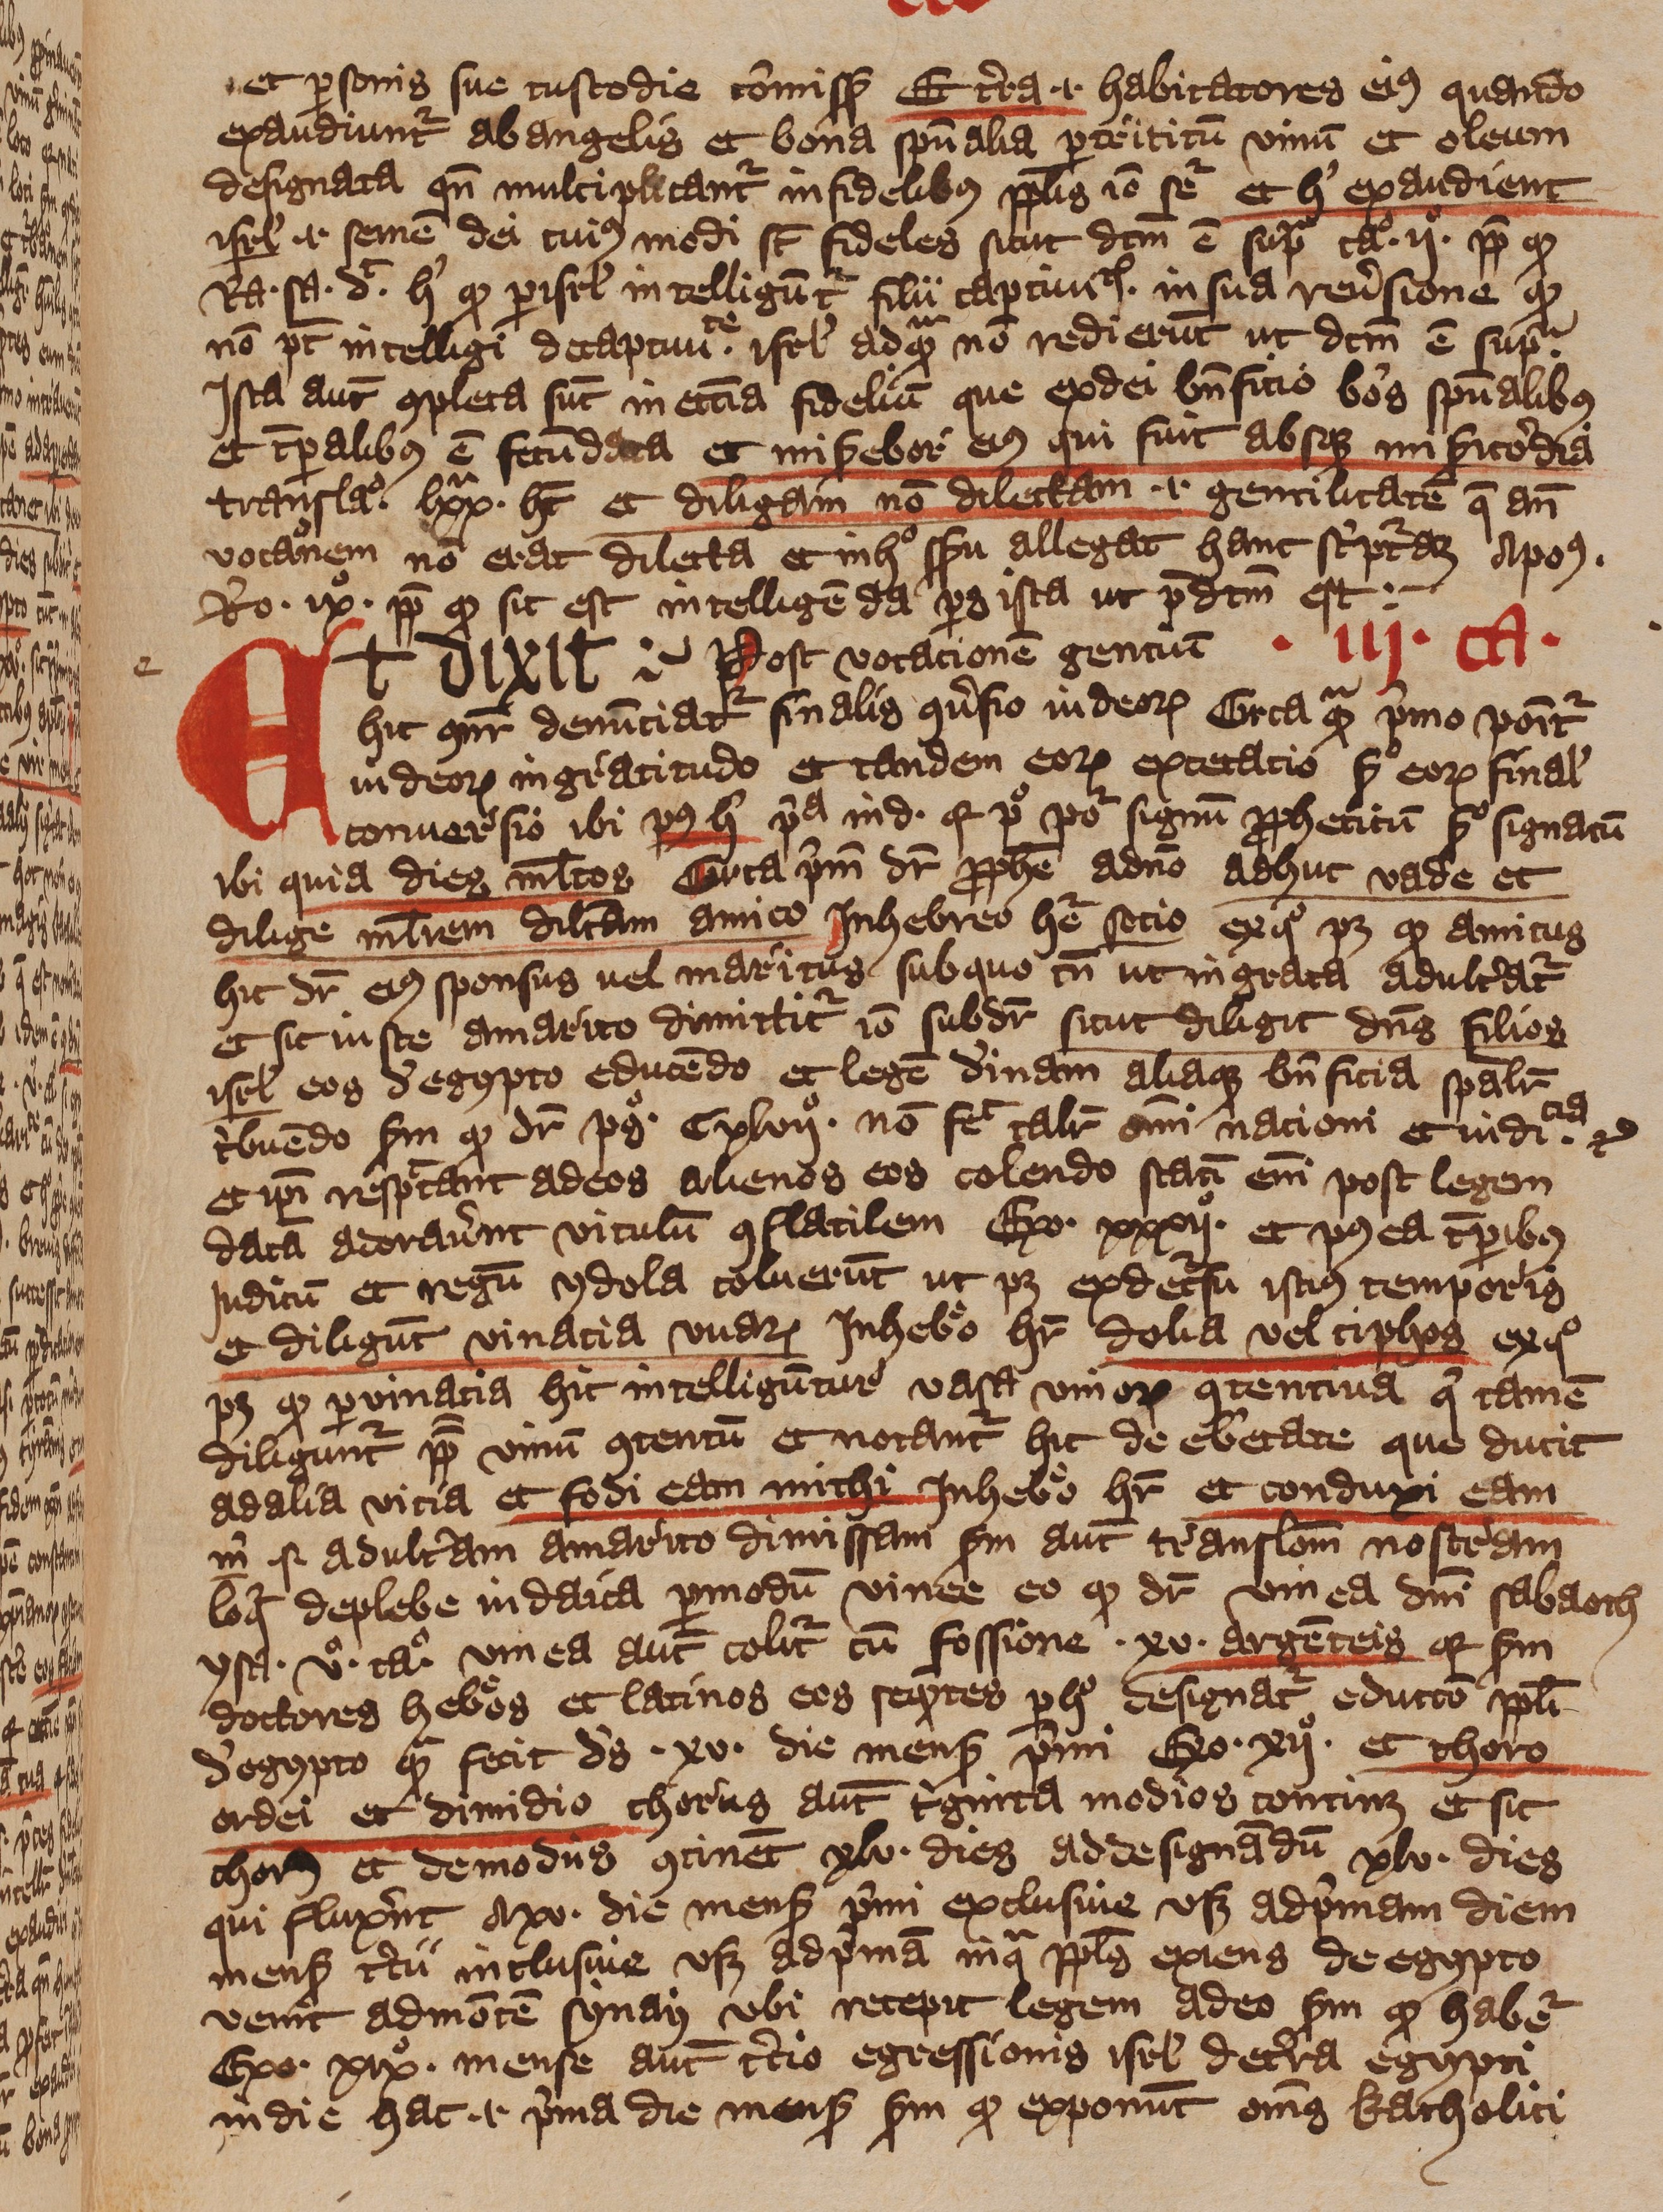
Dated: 1393–1396